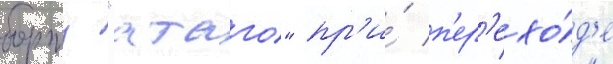
борту "атаго" пр'и́ п'ер'ехо́д'е